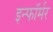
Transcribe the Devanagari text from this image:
इन्फॉर्मर